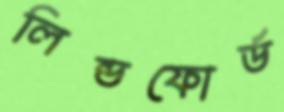
লিন্ডফোর্ড